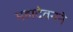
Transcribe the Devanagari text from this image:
महादेवनने